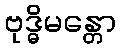
ဗုဒ္ဓိမန္တော